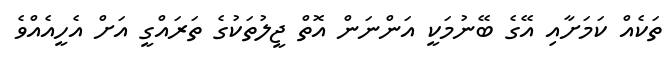
ތަކެއް ކަމަށާއި އޭގެ ބޭނުމަކީ އަންނަން އޮތް ޖީލުތަކުގެ ތަރައްގީ އަށް އެހީއެއްވެ